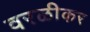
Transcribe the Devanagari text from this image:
वरळीकर